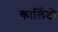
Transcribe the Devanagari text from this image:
कार्लिटो